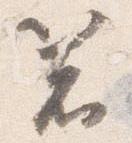
箸